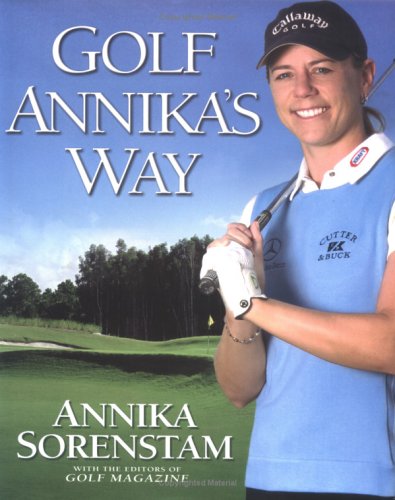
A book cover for Golf Annika's Way: How I Elevated My Game to Be the Best-- and How You Can Too; Annika Sorenstam; Sports & Outdoors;